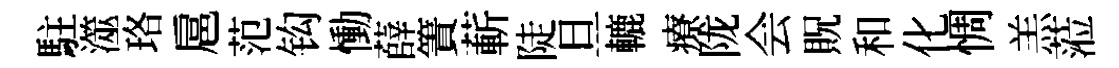
駐澨珞扈范钩慟薛簀蔪陡旦轆療陇会貺和化惆羔蒞